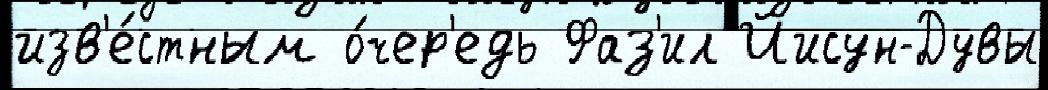
изв'е́стным о́чер'едь Фаз'ил Йисун-Дувы